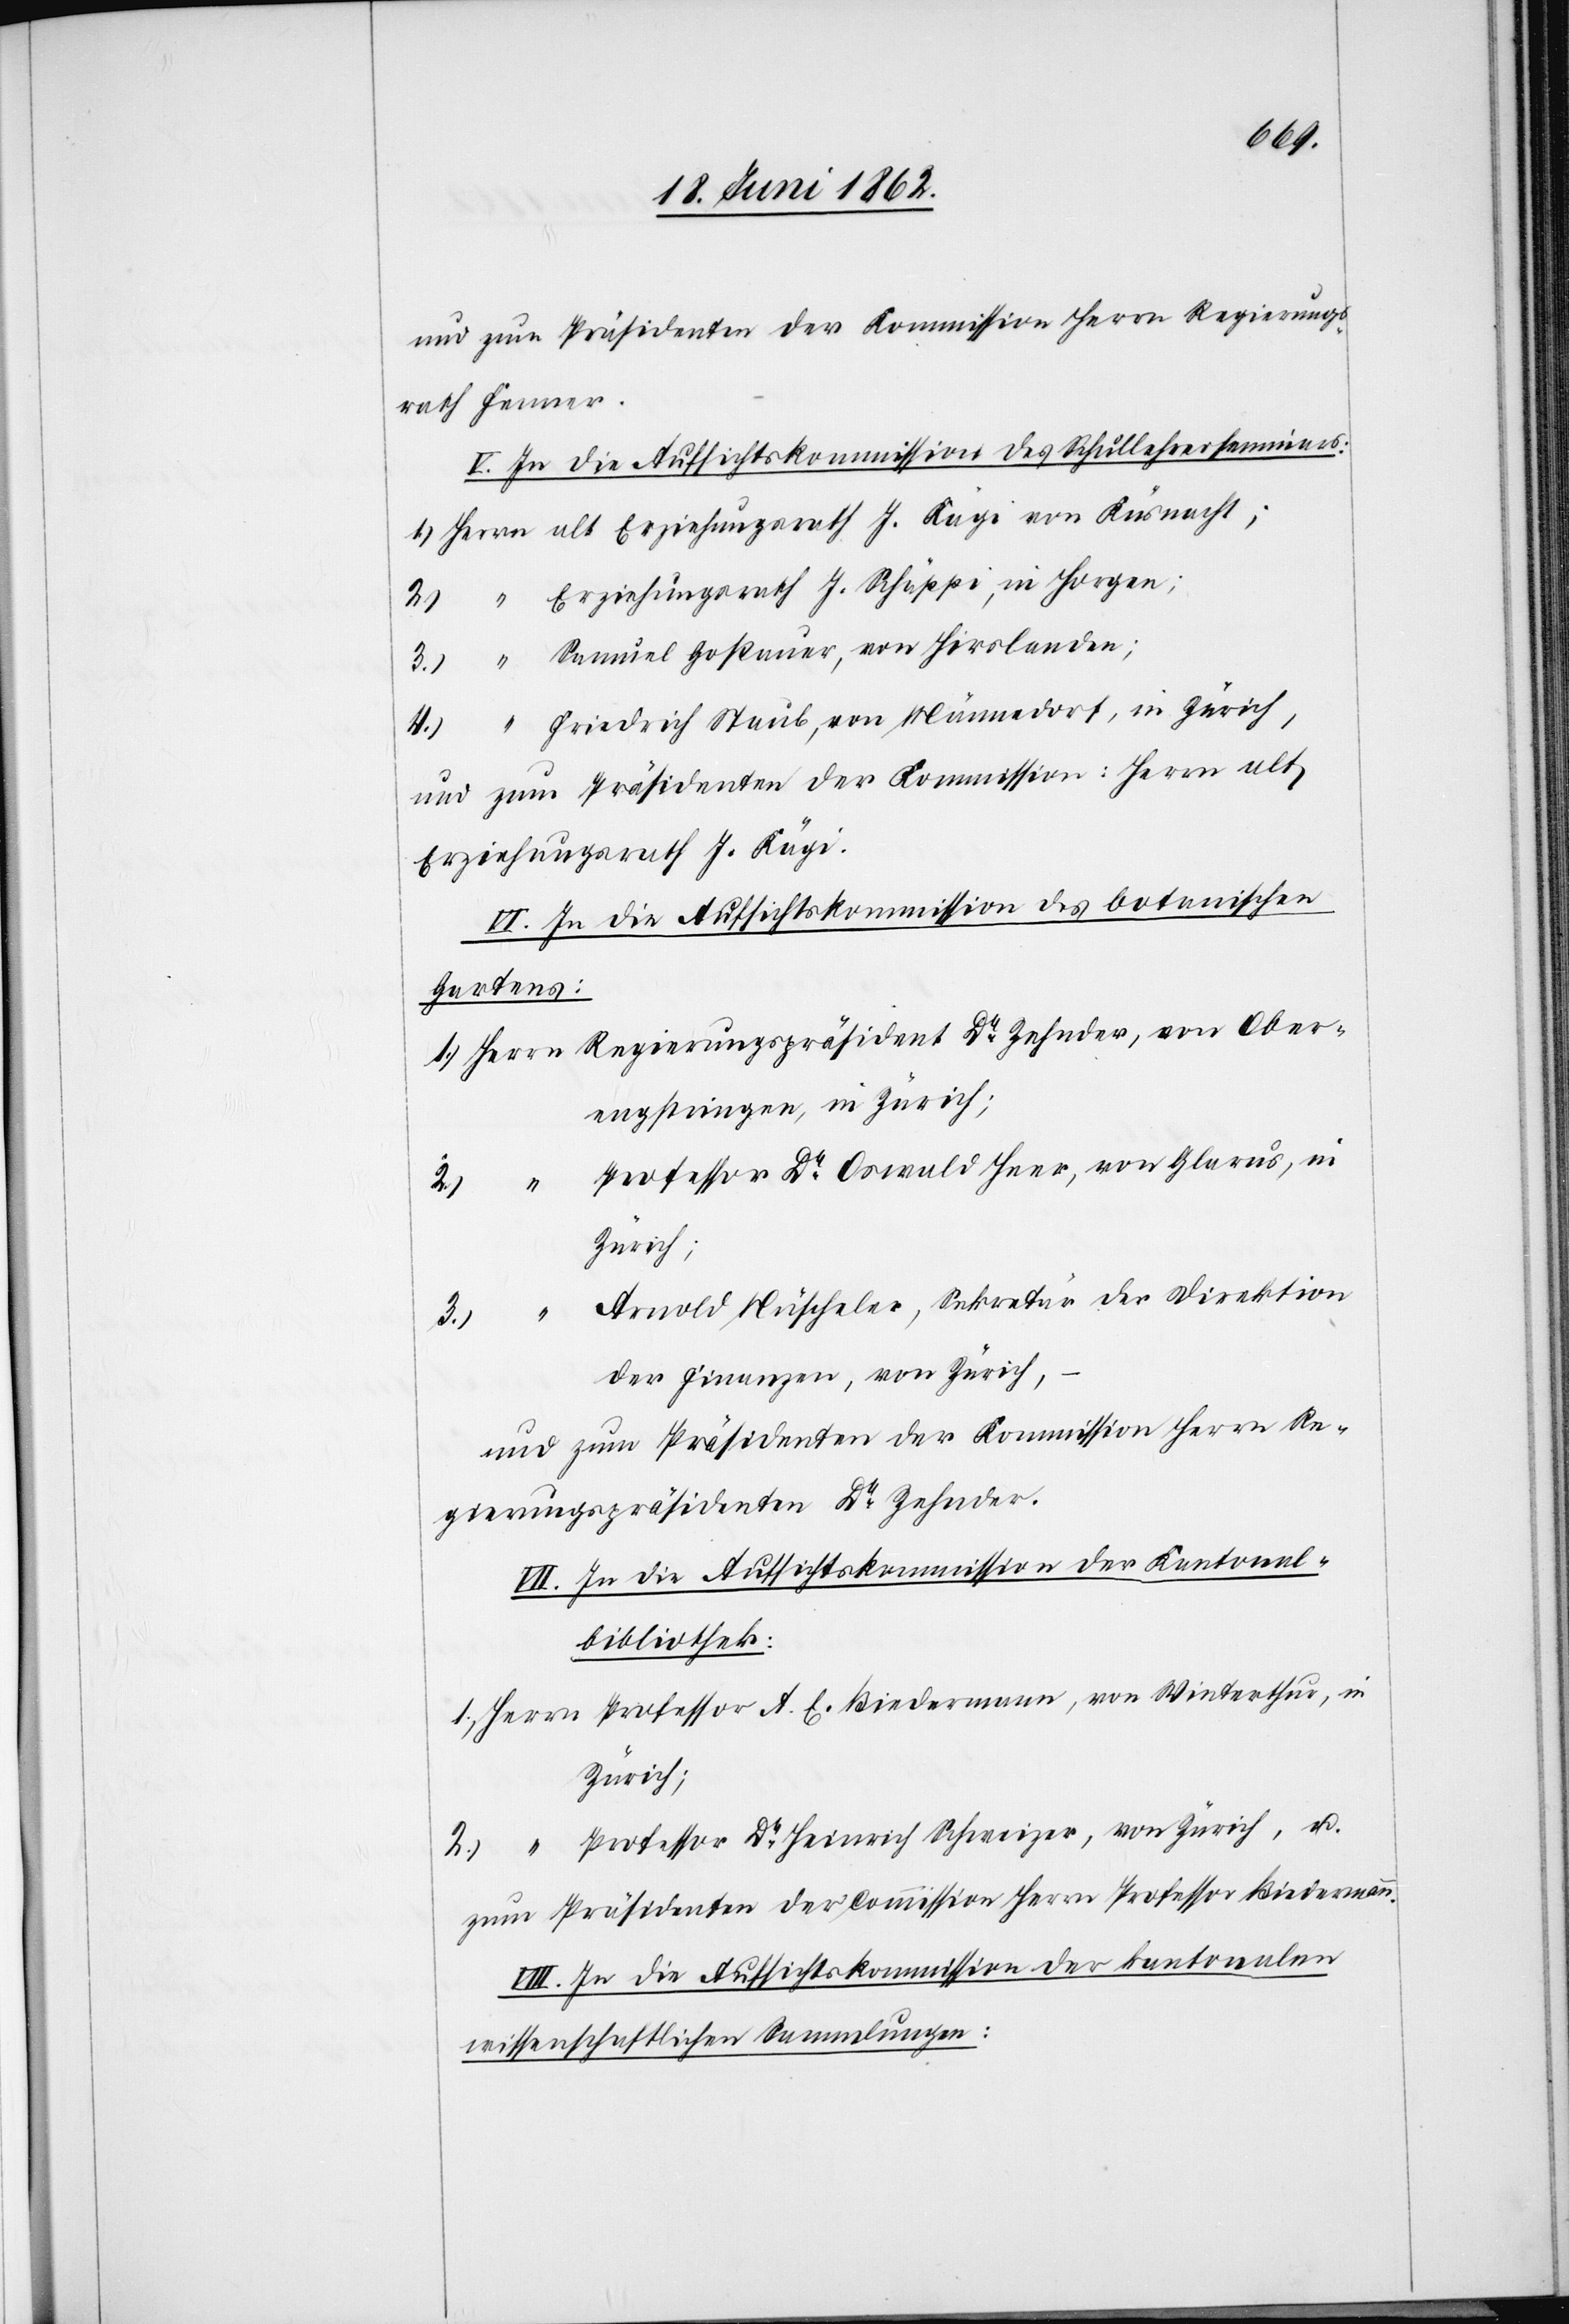
Ober¬
und zum Präsidenten der Kommission Herrn Regierungs¬
rath Fenner.
V. In die Aufsichtskommission des Schullehrerseminars:
Erziehungsrath J. Schäppi, in Horgen;
Samuel Goßauer, von Hirslanden;
Friedrich Staub, von Männedorf, in Zürich,
und zum Präsidenten der Kommission: Herrn alt
Erziehungsrath J. Kägi.
VI. In die Aufsichtskommission des botanischen
Gartens:
engstringen, in Zürich;
Professor Dr. Oswald Heer, von Glarus, in
Arnold Nüscheler, Sekretär der Direktion
1.
nn, von
2.
der Finanzen, von Zürich,
und zum Präsidenten der Kommission Herrn Re¬
gierungspräsidenten Dr. Zehnder.
VII. In die Aufsichtskommission der Kantonal¬
bibliothek:
Zürich;
Professor Dr. Heinrich Schweizer, von Zürich, u.
4.
zum Präsidenten der Commission Herrn Professor Biedermann.
VIII. In die Aufsichtskommission der kantonalen
wissenschaftlichen Sammlungen: